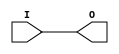
module IBUFG_PCI33_3 (O, I);

    output O;

    input  I;

	buf B1 (O, I);


endmodule